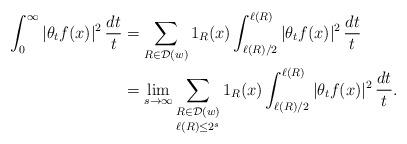
LaTeX: \begin{align*} \int_{0}^{\infty} |\theta_{t}f(x)|^{2} \, \frac{dt}{t} &= \sum_{R \in \mathcal{D}(w)} 1_R(x) \int_{\ell(R)/2}^{\ell(R)} |\theta_{t}f(x)|^{2} \, \frac{dt}{t} \\ &= \lim_{s \to \infty} \mathop{\sum_{R \in \mathcal{D}(w)}}_{\ell(R) \le 2^s} 1_R(x) \int_{\ell(R)/2}^{\ell(R)} |\theta_{t}f(x)|^{2} \, \frac{dt}{t}.\end{align*}